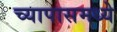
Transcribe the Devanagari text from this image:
च्यापासमध्ये